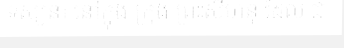
ទស្សនា នៅក្នុង ក្រុង ព្រះសីហនុ ដែល ជា